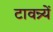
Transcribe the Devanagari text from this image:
टावन्र्यें